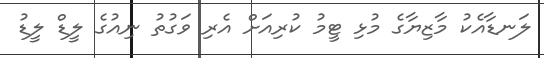
ލަނޑާއެކު މާޒިޔާގެ މުޅި ޓީމު ކުރިއަށް އެރި ވަގުތު ނިއުގެ ލީޑް ލީޑު